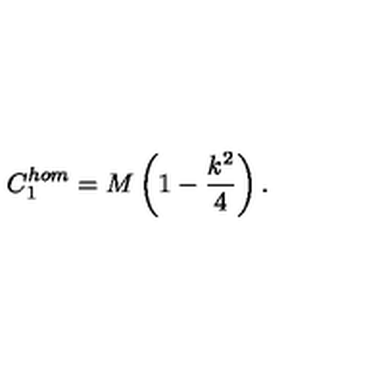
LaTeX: C _ { 1 } ^ { h o m } = M \left( 1 - \frac { k ^ { 2 } } { 4 } \right) .